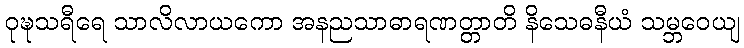
ဝုဍ္ဎသရီရေ သာလိလာယကော အနညသာဓာရဏတ္တာတိ နိသေဓနီယံ သမ္ဘဝေယျ